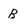
Character: B